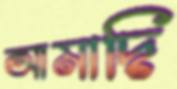
আমাদি